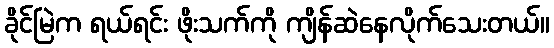
ခိုင်မြဲက ရယ်ရင်း ဖိုးသက်ကို ကျိန်ဆဲနေလိုက်သေးတယ်။